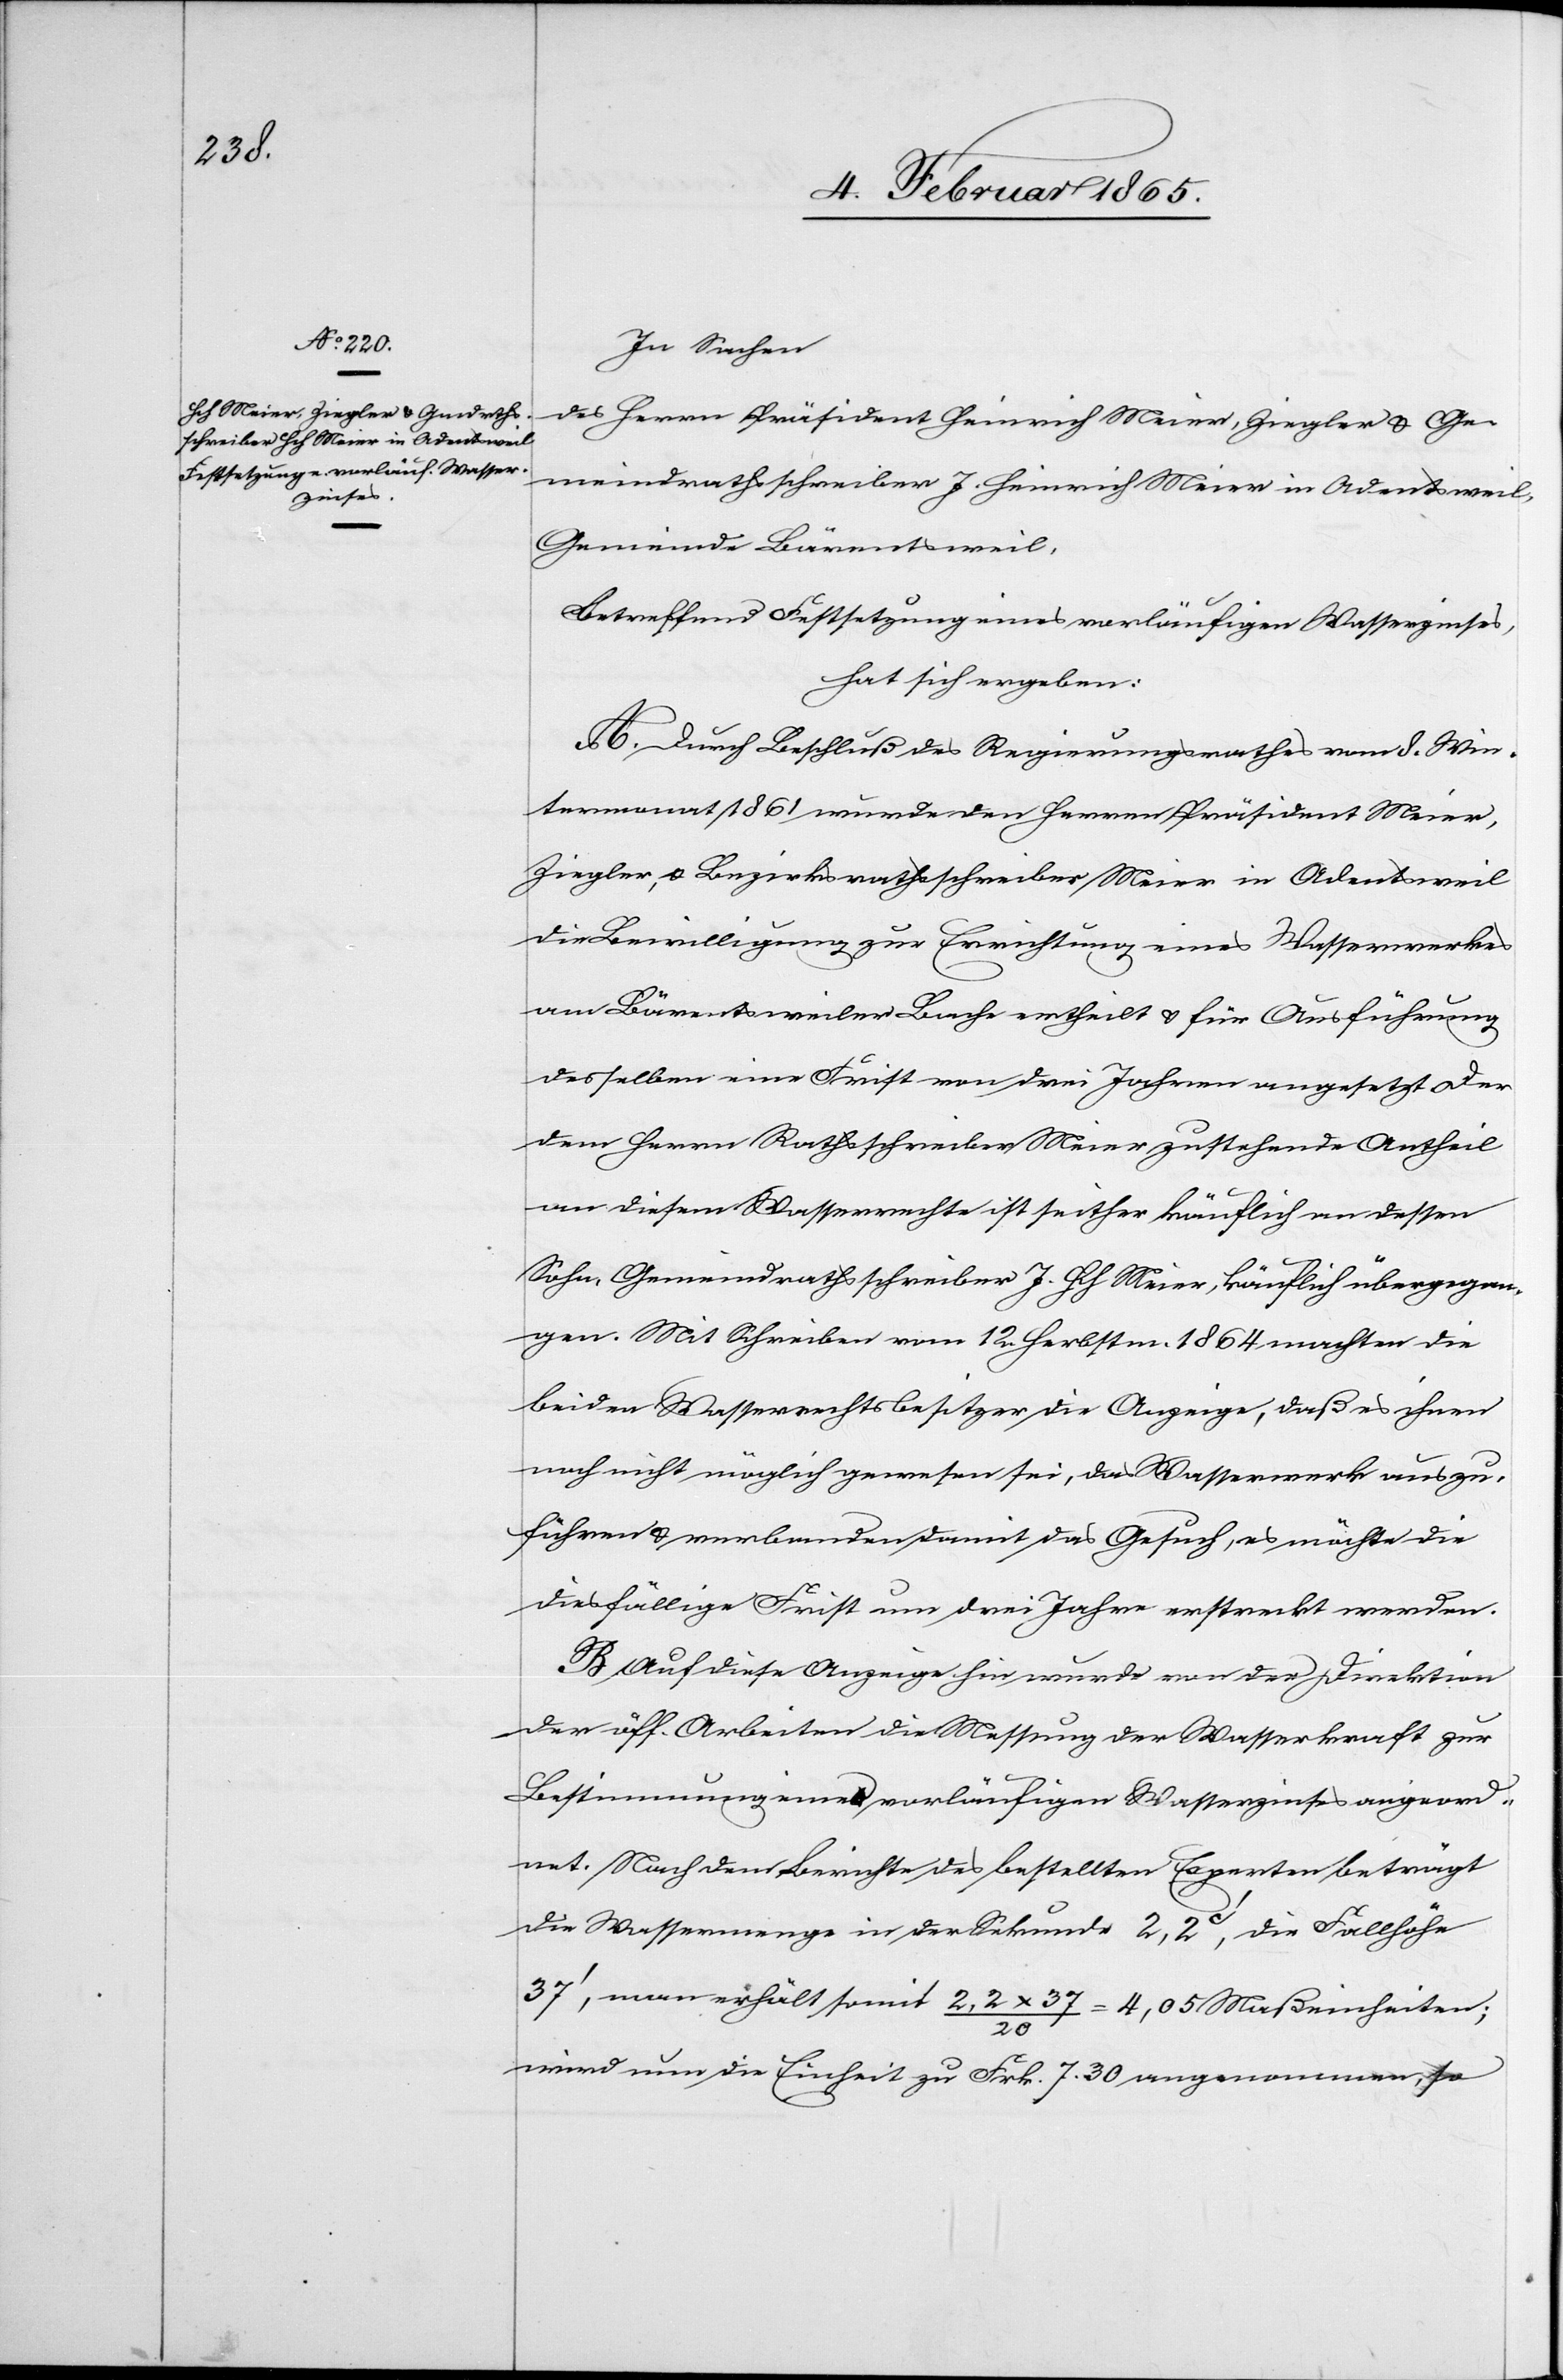
In Sachen
des Herrn Präsident Heinrich Meier, Ziegler u. Ge¬
meindrathsschreiber J. Heinrich Meier in Adentsweil,
Gemeinde Bärentsweil,
Betreffend Festsetzung eines vorläufigen Wasserzinses,
hat sich ergeben:
A. Durch Beschluß des Regierungsrathes vom 8. Win¬
termonat 1861 wurde den Herren Präsident Meier,
Ziegler, u. Bezirksrathsschreiber Meier in Adentsweil
die Bewilligung zur Errichtung eines Wasserwerkes
am Bärentsweiler Bache ertheilt u. für Ausführung
desselben eine Frist von drei Jahren angesetzt. Der
dem Herrn Rathsschreiber Meier zustehende Antheil
an diesem Wasserrechte ist seither käuflich an dessen
Sohn, Gemeindrathsschreiber J. Hch Meier, käuflich übergegan¬
gen. Mit Schreiben vom 12. Herbstm. 1864 machten die
beiden Wasserrechtsbesitzer die Anzeige, daß es ihnen
noch nicht möglich gewesen sei, das Wasserwerk aus zu¬
führen u. verbanden damit das Gesuch, es möchte die
diesfällige Frist um drei Jahre erstreckt werden.
B. Auf diese Anzeige hin wurde von der Direktion
der öff. Arbeiten die Messung der Wasserkraft zur
Bestimmung eines vorläufigen Wasserzinses angeord¬
net. Nach dem Berichte des bestellten Experten beträgt
die Wassermenge in der Sekunde 2,2 c’, die Fallhöhe
37’. man erhält somit 2,2 x 37 / 20 = 4,05 Maßeinheiten;
wird nun die Einheit zu Frk. 7. 30 angenommen, so